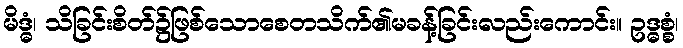
မိဒ္ဓံ၊ သိခြင်းစိတ်၌ဖြစ်သောစေတသိက်၏မခန့်ခြင်းလည်းကောင်း။ ဥဒ္ဓစ္စံ၊